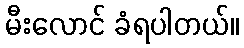
မီးလောင် ခံရပါတယ်။